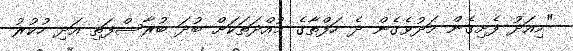
"މިއަދު ފެށިގެން މަދުވެގެން ދެ ހަފްތާގެ މުއްދަތަކަށް ބުދަ ބުރާސްފަތި އަދި ހުކުރު